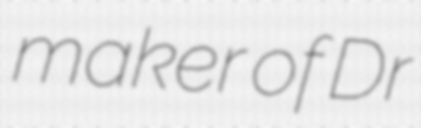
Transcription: maker of Dr